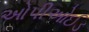
ઓપીઓઈડ